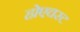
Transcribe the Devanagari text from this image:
होएचस्ट